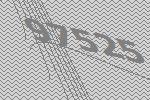
97525